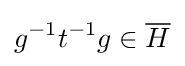
g^{-1}t^{-1}g\in {\overline {H}}